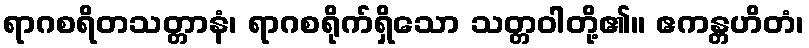
ရာဂစရိတသတ္တာနံ၊ ရာဂစရိုက်ရှိသော သတ္တဝါတို့၏။ ဧကန္တဟိတံ၊